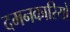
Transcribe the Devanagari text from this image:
दमनकारियों